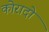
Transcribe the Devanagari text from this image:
कोरादो